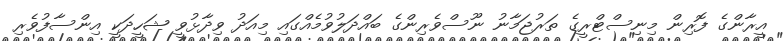
އީރާންގެ ފޮރިން މިނިސްޓްރީގެ ތަރުޖަމާނު ނޫސްވެރިންގެ ބައްދަލުވުމެއްގައި މިއަދު ވިދާޅުވީ ޝަހީދަކީ އިންސާފުވެރި